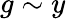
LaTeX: g\sim y